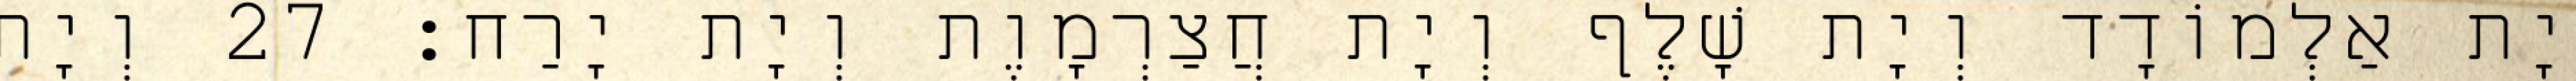
יָת אַלְמוֹדָד וְיָת שָׁלֶף וְיָת חֲצַרְמָוֶת וְיָת יָרַח׃ 27 וְיָת